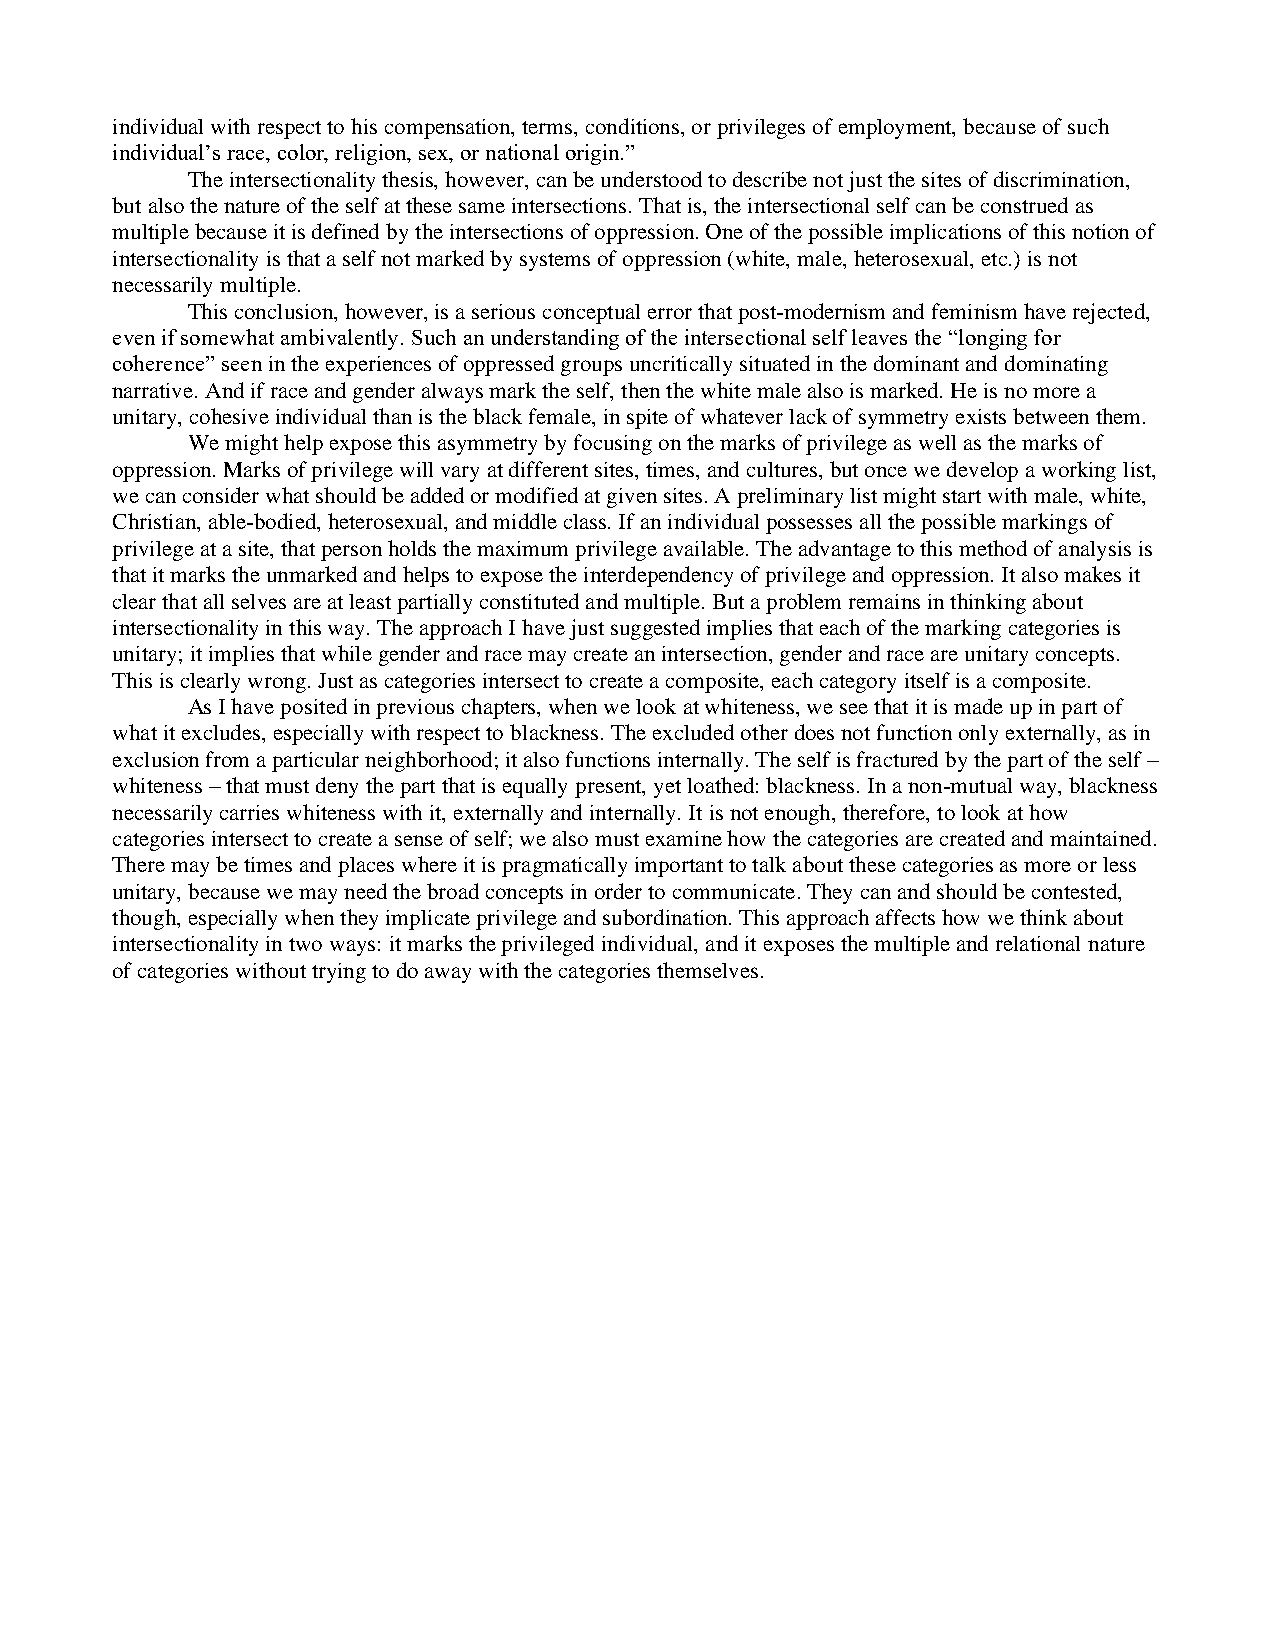
individual with respect to his compensation, terms, conditions, or privileges of employment, because of such
 individual’s race, color, religion, sex, or national origin.”
 The intersectionality thesis, however, can be understood to describe not just the sites of discrimination,
 but also the nature of the self at these same intersections. That is, the intersectional self can be construed as
 multiple because it is defined by the intersections of oppression. One of the possible implications of this notion of
 intersectionality is that a self not marked by systems of oppression (white, male, heterosexual, etc.) is not
 necessarily multiple.
 This conclusion, however, is a serious conceptual error that post-modernism and feminism have rejected,
 even if somewhat ambivalently. Such an understanding of the intersectional self leaves the “longing for
 coherence” seen in the experiences of oppressed groups uncritically situated in the dominant and dominating
 narrative. And if race and gender always mark the self, then the white male also is marked. He is no more a
 unitary, cohesive individual than is the black female, in spite of whatever lack of symmetry exists between them.
 We might help expose this asymmetry by focusing on the marks of privilege as well as the marks of
 oppression. Marks of privilege will vary at different sites, times, and cultures, but once we develop a working list,
 we can consider what should be added or modified at given sites. A preliminary list might start with male, white,
 Christian, able-bodied, heterosexual, and middle class. If an individual possesses all the possible markings of
 privilege at a site, that person holds the maximum privilege available. The advantage to this method of analysis is
 that it marks the unmarked and helps to expose the interdependency of privilege and oppression. It also makes it
 clear that all selves are at least partially constituted and multiple. But a problem remains in thinking about
 intersectionality in this way. The approach I have just suggested implies that each of the marking categories is
 unitary; it implies that while gender and race may create an intersection, gender and race are unitary concepts.
 This is clearly wrong. Just as categories intersect to create a composite, each category itself is a composite.
 As I have posited in previous chapters, when we look at whiteness, we see that it is made up in part of
 what it excludes, especially with respect to blackness. The excluded other does not function only externally, as in
 exclusion from a particular neighborhood; it also functions internally. The self is fractured by the part of the self –
 whiteness – that must deny the part that is equally present, yet loathed: blackness. In a non-mutual way, blackness
 necessarily carries whiteness with it, externally and internally. It is not enough, therefore, to look at how
 categories intersect to create a sense of self; we also must examine how the categories are created and maintained.
 There may be times and places where it is pragmatically important to talk about these categories as more or less
 unitary, because we may need the broad concepts in order to communicate. They can and should be contested,
 though, especially when they implicate privilege and subordination. This approach affects how we think about
 intersectionality in two ways: it marks the privileged individual, and it exposes the multiple and relational nature
 of categories without trying to do away with the categories themselves.